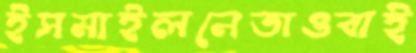
ইসমাইলনেতাওবাই